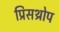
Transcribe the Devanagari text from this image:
प्रिसथ्रोप